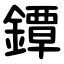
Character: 鐔